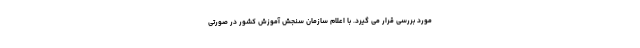
مورد بررسی قرار می گیرد. با اعلام سازمان سنجش آموزش کشور در صورتی